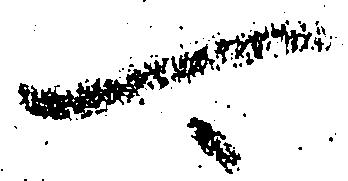
可